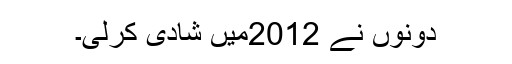
دونوں نے 2012میں شادی کرلی۔